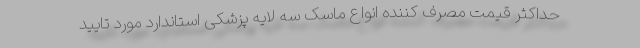
حداکثر قیمت مصرف کننده انواع ماسک سه لایه پزشکی استاندارد مورد تایید